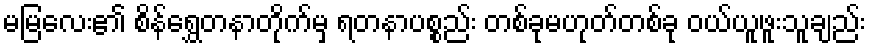
မမြလေး၏ စိန်ရွှေတနာတိုက်မှ ရတနာပစ္စည်း တစ်ခုမဟုတ်တစ်ခု ဝယ်ယူဖူးသူချည်း